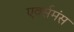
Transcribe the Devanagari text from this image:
एवर्समंस